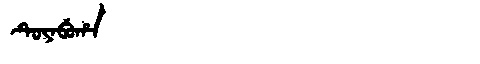
Manchu: ᡨᡠᠶᠠᠪᡠᡥᠠ
Romanization: TUYABUHA